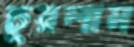
চুয়লাম